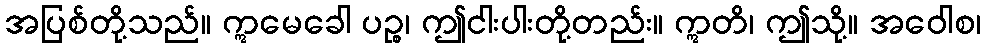
အပြစ်တို့သည်။ ဣမေခေါ ပဉ္စ၊ ဤငါးပါးတို့တည်း။ ဣတိ၊ ဤသို့။ အဝေါစ၊